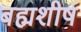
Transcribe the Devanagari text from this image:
बह्मशीर्ष